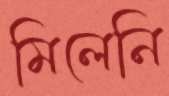
মিলেনি